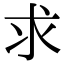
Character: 求